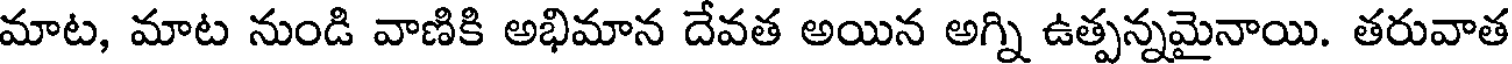
మాట, మాట నుండి వాణికి అభిమాన దేవత అయిన అగ్ని ఉత్పన్నమైనాయి. తరువాత